Regulations for the medical services of the Army of India
Year: 1930
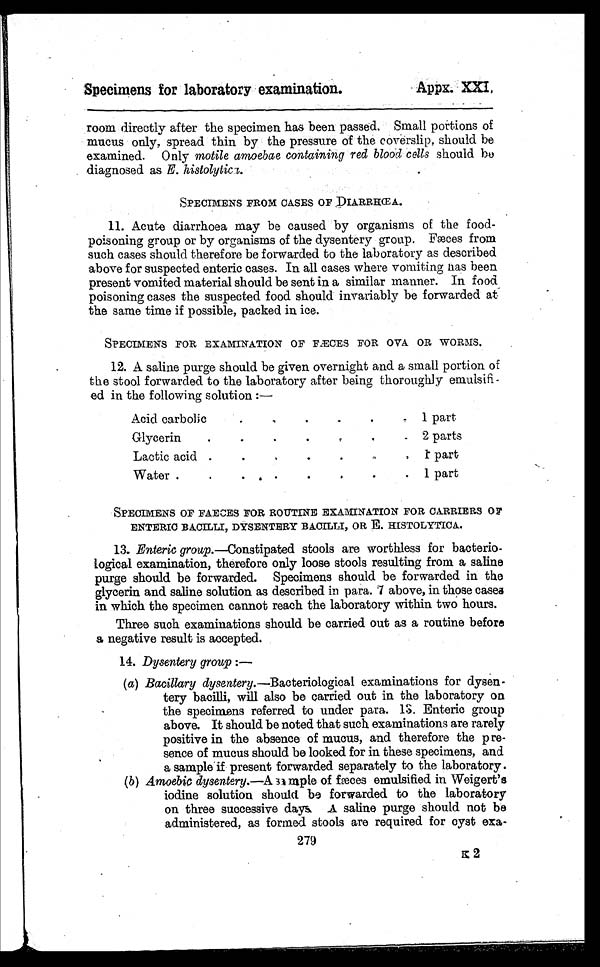
Specimens for laboratory examination.
Appx. XXI,
room directly after the specimen has been passed. Small portions of
mucus only, spread thin by the pressure of the coverslip, should be
examined. Only motile amoebae containing red blood cells should be
diagnosed as E. histolytica .
SPECIMENS FROM CASES OF DIARRHŒA.
11. Acute diarrhoea may be caused by organisms of the food-
poisoning group or by organisms of the dysentery group. Fæces from
such cases should therefore be forwarded to the laboratory as described
above for suspected enteric cases. In all cases where vomiting has been
present vomited material should be sent in a similar manner. In food
poisoning cases the suspected food should invariably be forwarded at
the same time if possible, packed in ice.
SPECIMENS FOR EXAMINATION OF FÆCES FOR OVA OR WORMS.
12. A saline purge should be given overnight and a small portion of
the stool forwarded to the laboratory after being thoroughly emulsifi-
- e d i n t h e f o l l o w i n g s o l u t i o n : —
Acid carbolic. . .
1 part
Glycerin . . .
2 parts
Lactic acid . . .
1 part
Water . . .
1 part
SPECIMENS OF FAECES FOR ROUTINE EXAMINATION FOR CARRIERS OF
ENTERIC BACILLI, DYSENTERY BACILLI, OR E. HISTOLYTICA.
13. Enteric group.—Constipated stools are worthless for bacterio--
logical examination, therefore only loose stools resulting from a saline
purge should be forwarded. Specimens should be forwarded in the
glycerin and saline solution as described in para. 7 above, in those cases
in which the specimen cannot reach the laboratory within two hours.
Three such examinations should be carried out as a routine before
a negative result is accepted.
14. Dysentery group :
—
(a) Bacillary dysentery.—Bacteriological examinations for dysen-
-tery bacilli, will also be carried out in the laboratory on
the specimens referred to under para. 13. Enteric group
above. It should be noted that such examinations are rarely
positive in the absence of mucus, and therefore the pre--
sence of mucus should be looked for in these specimens, and
a sample if present forwarded separately to the laboratory.
( b ) A m o e b i c d y s e n t e r y . — A sa
m p l e o f f æ c e s e m u l s i f i e d i n W e i g e r t ' s
iodine solution should be forwarded to the laboratory
on three successive days A saline purge should not be
administered, as formed stools are required for cyst exa-
279
k 2